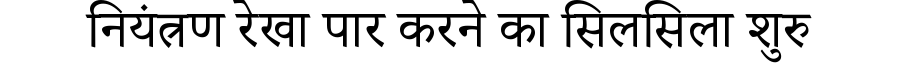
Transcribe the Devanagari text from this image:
नियंत्रण रेखा पार करने का सिलसिला शुरु